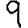
Digit: 9